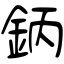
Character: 鈵